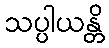
သပ္ပါယန္တိ